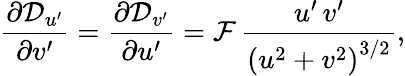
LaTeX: \frac{\partial\mathcal{D}_{u^{\prime}}}{\partial v^{\prime}}=\frac{\partial\mathcal{D}_{v^{\prime}}}{\partial u^{\prime}}=\mathcal{F}\, \frac{u^{\prime}\, v^{\prime}}{\left(u^{2}+v^{2}\right)^{3/2}},